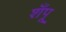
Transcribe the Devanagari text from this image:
शँपू